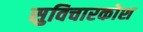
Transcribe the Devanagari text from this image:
सुविचारकोश